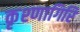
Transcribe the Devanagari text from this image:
कृश्णागिरि